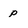
Character: p